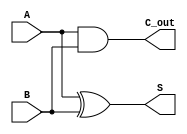
module Carry_Lookahead_Half_Adder (
    input wire A,        // First operand
    input wire B,        // Second operand
    output wire S,       // Sum output
    output wire C_out    // Carry-out output
);

// Internal signals for generate and propagate
wire G;  // Generate signal
wire P;  // Propagate signal

// Generate signal: G = A * B
assign G = A & B;

// Propagate signal: P = A ^ B
assign P = A ^ B;

// Sum calculation: S = A ^ B
assign S = P;

// Carry-out: C_out = G (since C_in is assumed to be 0)
assign C_out = G;

endmodule